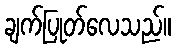
ချက်ပြုတ်လေသည်။